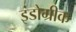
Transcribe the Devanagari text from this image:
इंडोग्रीक